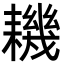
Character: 耭